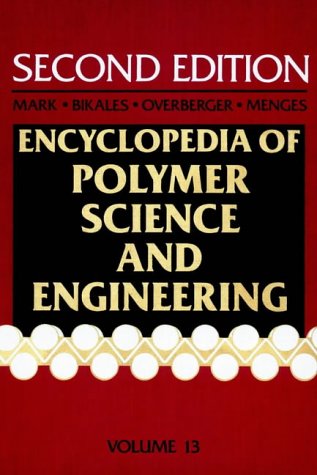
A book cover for Poly (Phenylene Ether) to Radical Polymerization, Volume 13, Encyclopedia of Polymer Science and Engineering, 2nd Edition; Science & Math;